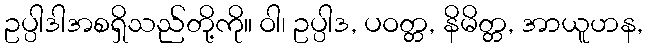
ဥပ္ပါဒါအစရှိသည်တို့ကို။ ဝါ၊ ဥပ္ပါဒ, ပဝတ္တ, နိမိတ္တ, အာယူဟန,